Calcutta medical institutions reports 1879-81 [i.e.91]
Year: 1879
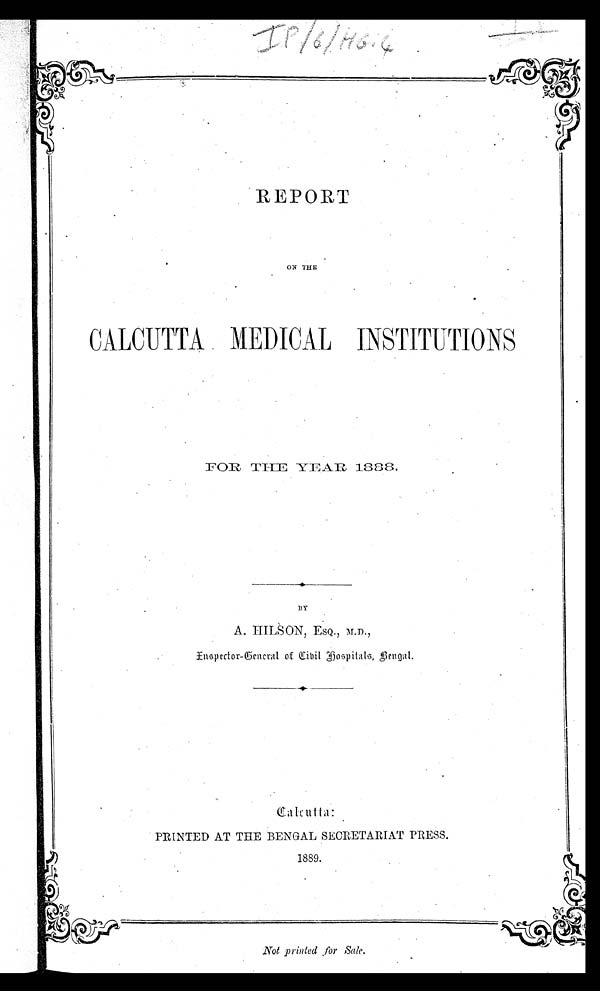
REPORT
ON THE
CALCUTTA MEDICAL INSTITUTIONS
FOR THE YEAR 1888.
BY
A. HILSON,
ESQ., M.D.,
Inspector-General of Civil Hospitals, Bengal.
PRINTED AT THE BENGAL SECRETARIAT PRESS.
1889.
Not printed ,for Sale.